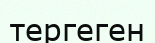
тергеген